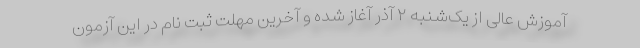
آموزش عالی از یک‌شنبه ۲ آذر آغاز شده و آخرین مهلت ثبت نام در این آزمون